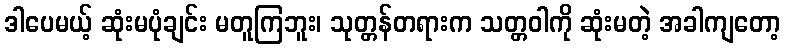
ဒါပေမယ့် ဆုံးမပုံချင်း မတူကြဘူး၊ သုတ္တန်တရားက သတ္တဝါကို ဆုံးမတဲ့ အခါကျတော့